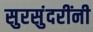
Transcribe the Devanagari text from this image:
सुरसुंदरींनी